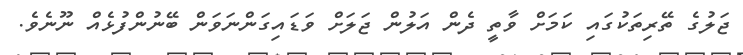
ޖަލުގެ ތޭރިތަކުގައި ކަމަށް ވާތީ ދެން އަލުން ޖަލަށް ވަޑައިގަންނަވަން ބޭނުންފުޅެއް ނޫނެވެ.